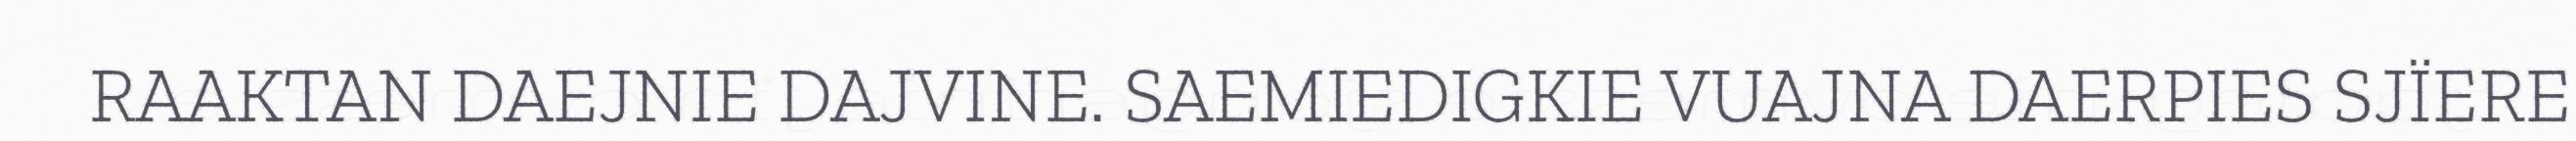
RAAKTAN DAEJNIE DAJVINE. SAEMIEDIGKIE VUAJNA DAERPIES SJÏERE